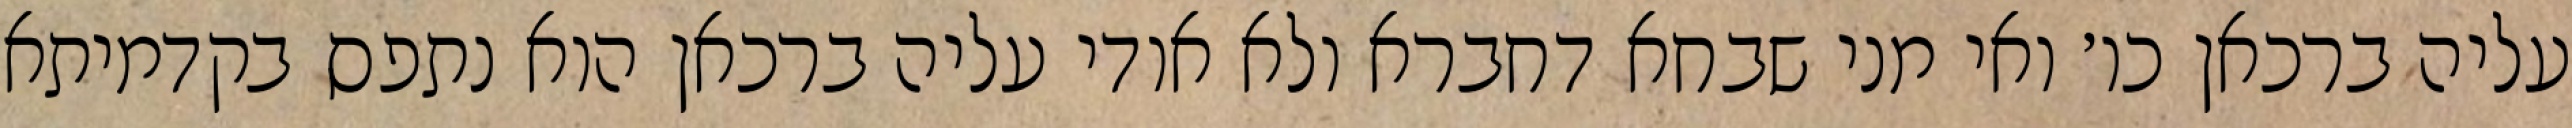
עליה ברכאן כו׳ ואי מני שבחא דחברא ולא אודי עליה ברכאן הוא נתפס בקדמיתא